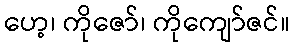
ဟေ့၊ ကိုဇော်၊ ကိုကျော်ဇင်။